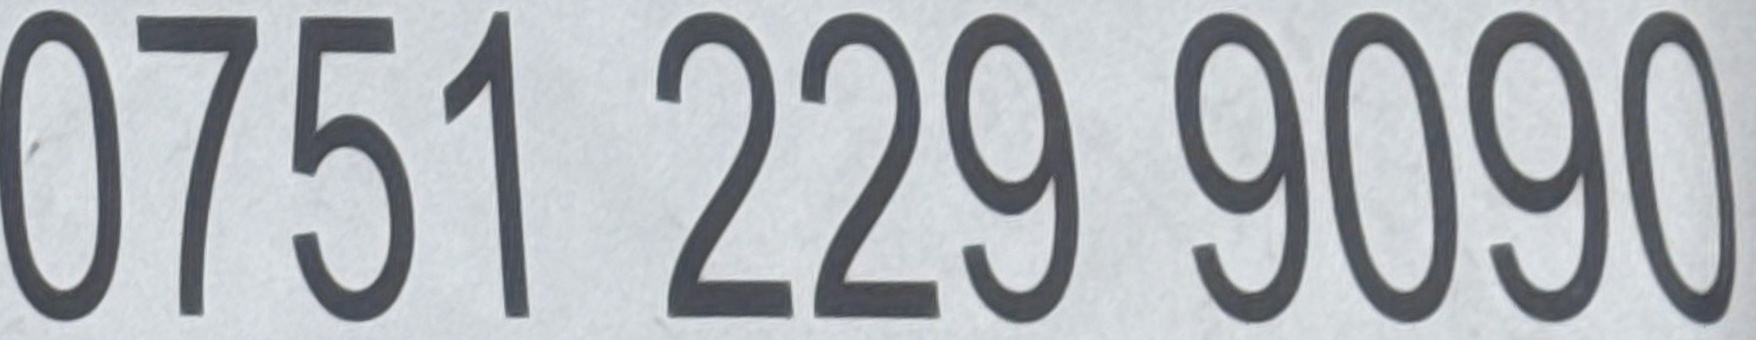
0751 229 9090